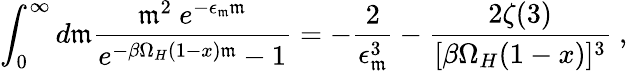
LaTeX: \int_{0}^{\infty}d\mathfrak{m}\frac{{\mathfrak{m}^{2}~e^{-\epsilon_{\mathfrak{m}}\mathfrak{m}}}}{{e^{-\beta\Omega_{H}(1-x)\mathfrak{m}}-1}}=-\frac{{2}}{{\epsilon_{\mathfrak{m}}^{3}}}-\frac{{2\zeta(3)}}{{[\beta\Omega_{H}(1-x)]^{3}}}~,